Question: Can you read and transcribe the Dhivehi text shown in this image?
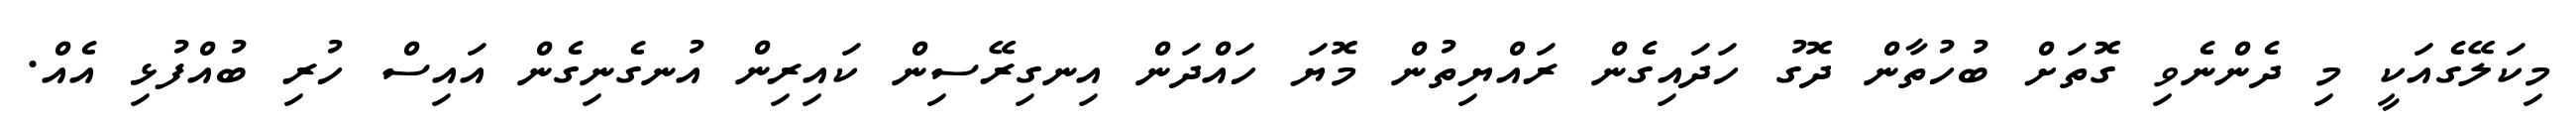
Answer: މިކަލޭގެއަކީ މި ދެންނެވި ގޮތަށް ބުހުތާން ދޮގު ހަދައިގެން ރައްޔިތުން މޮޔަ ހައްދަން އިނގިރޭސިން ކައިރިން އުނގެނިގެން އައިސް ހުރި ބުއްފުޅި އެއް.